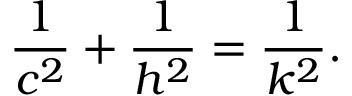
{ \frac { 1 } { c ^ { 2 } } } + { \frac { 1 } { h ^ { 2 } } } = { \frac { 1 } { k ^ { 2 } } } .